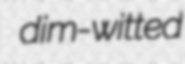
dim-witted